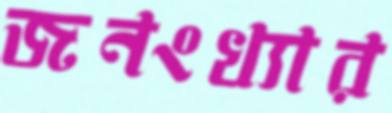
জনংখ্যার